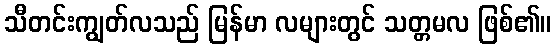
သီတင်းကျွတ်လသည် မြန်မာ လများတွင် သတ္တမလ ဖြစ်၏။